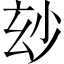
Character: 玅